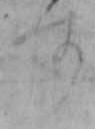
す